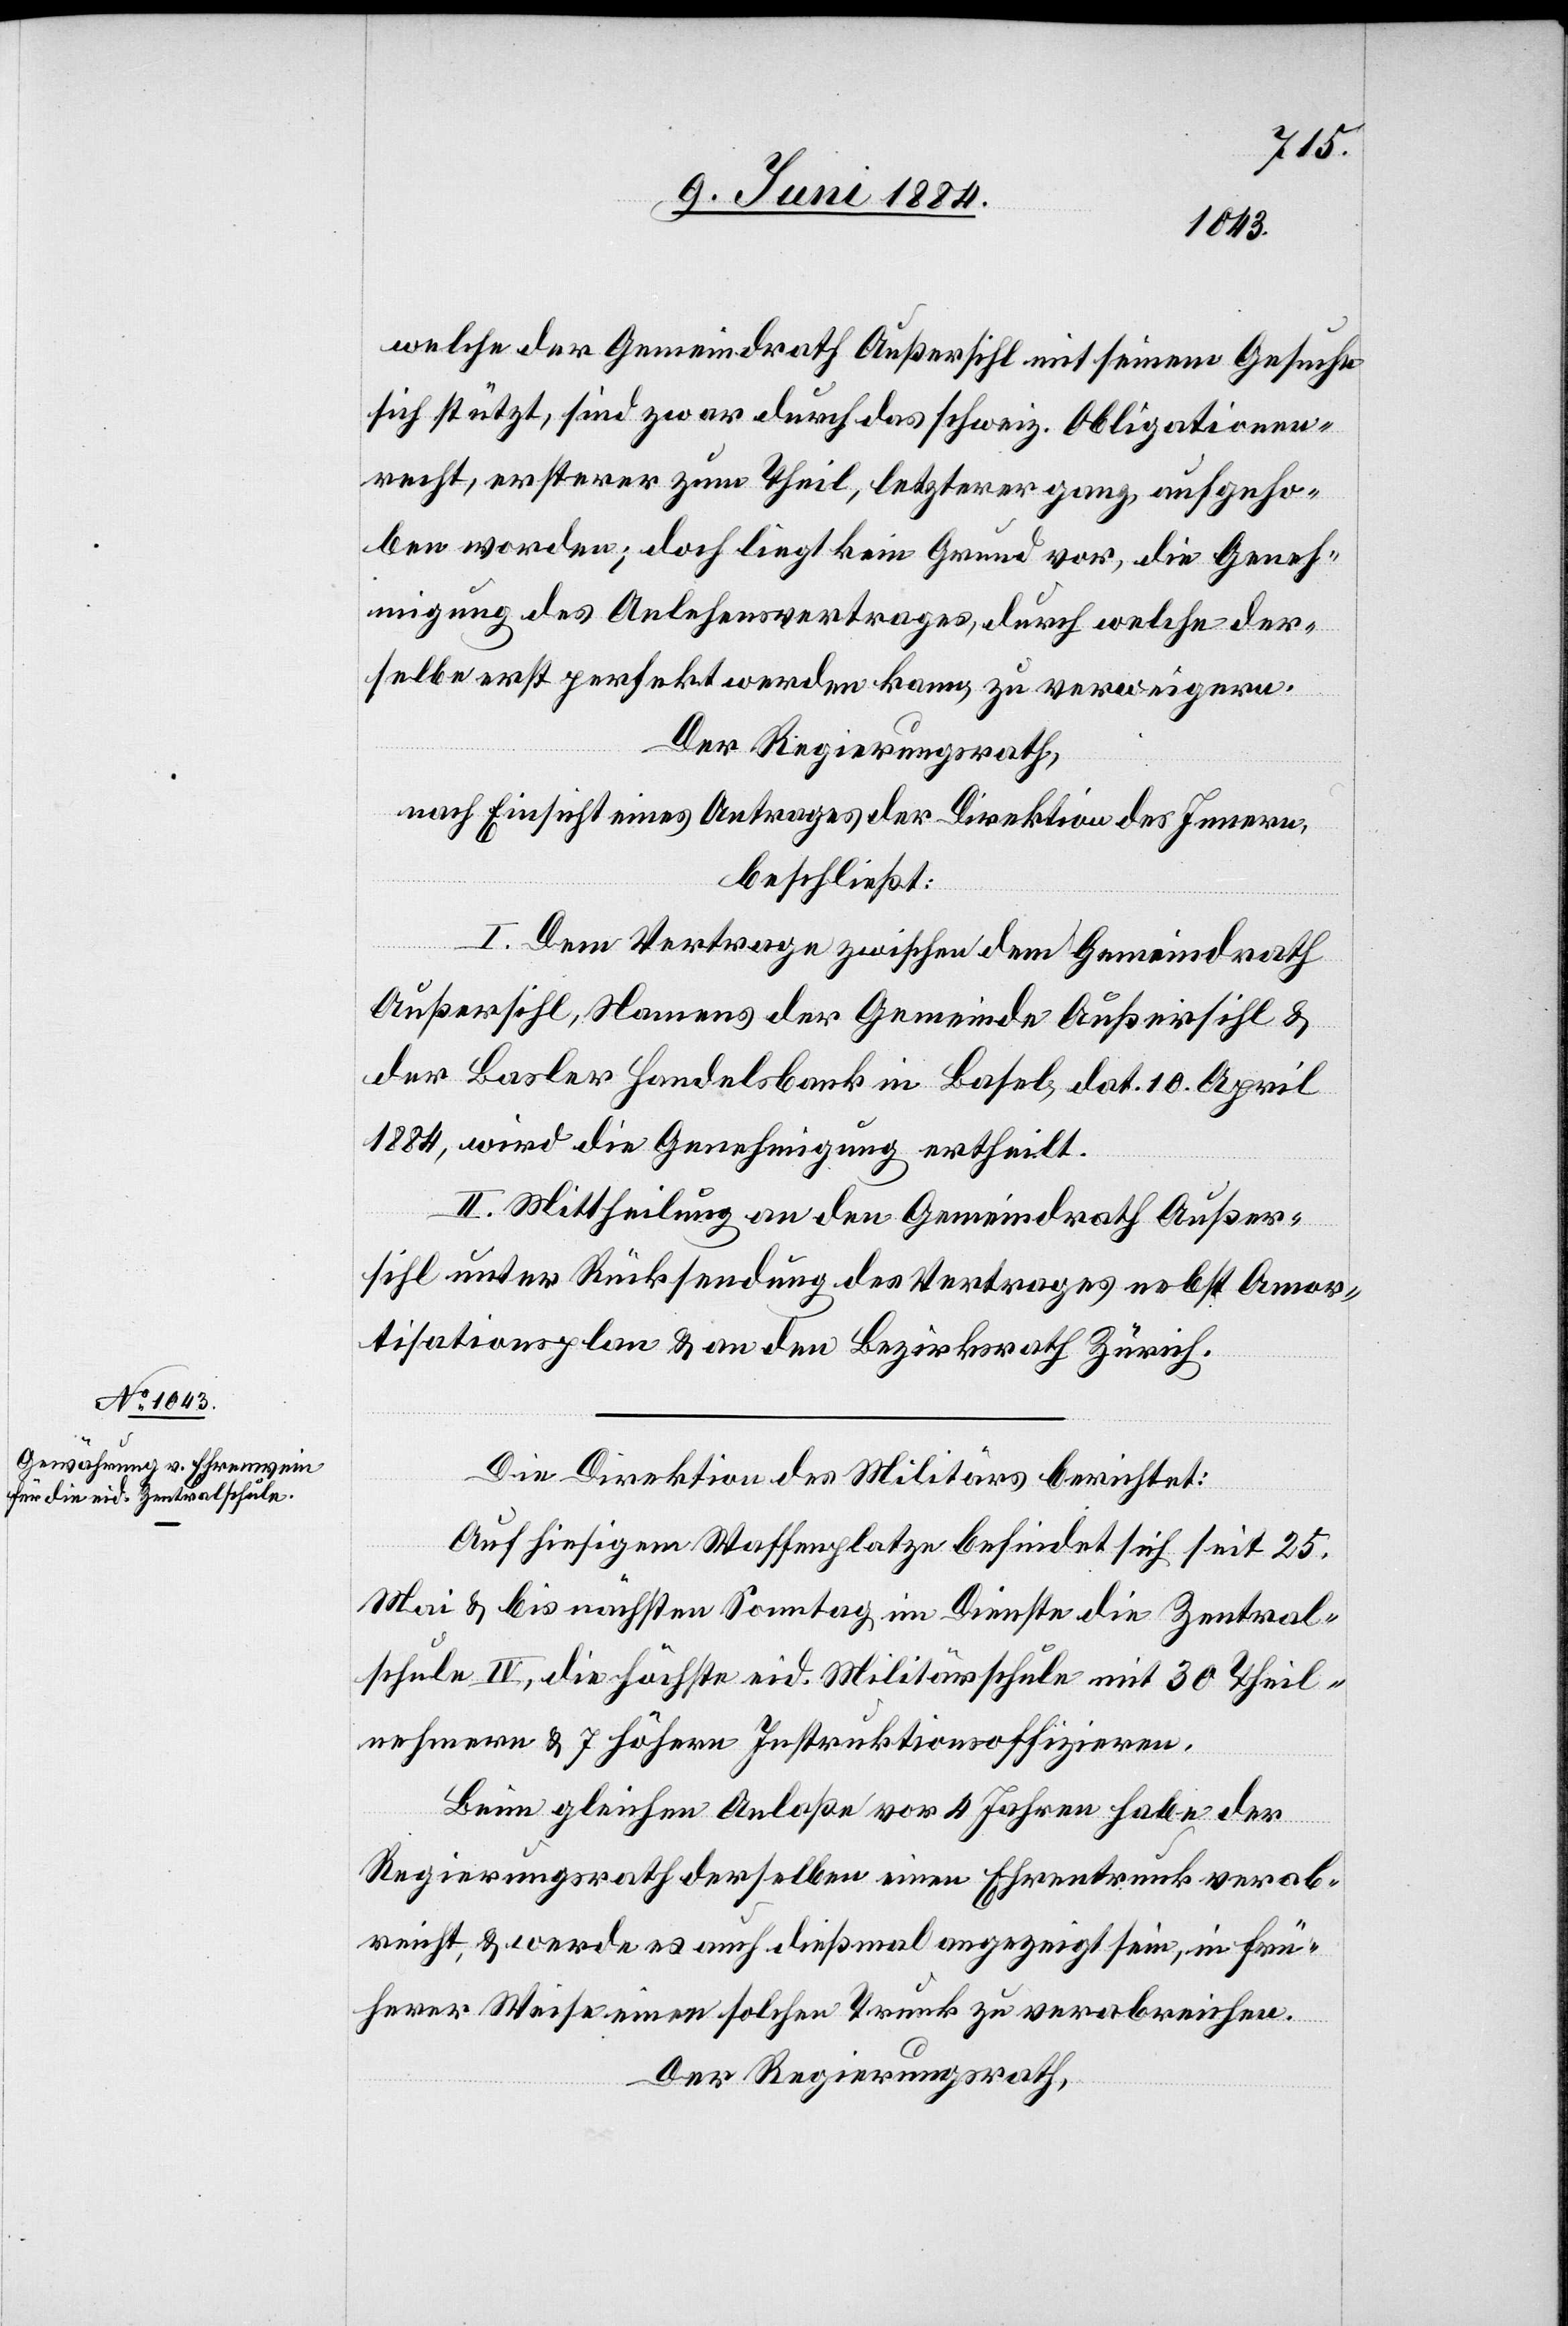
11. Juni 1884.]
welche der Gemeindrath Außersihl mit seinem Gesuche
sich stützt, sind zwar durch das schweiz. Obligationen¬
recht, ersterer zum Theil, letzterer ganz aufgeho¬
ben worden; doch liegt kein Grund vor, die Geneh¬
migung des Anlehensvertrages, durch welche der¬
selbe erst perfekt werden kann, zu verweigern.
Der Regierungsrath,
nach Einsicht eines Antrages der Direktion des Innern
beschließt:
I. Dem Vertrage zwischen dem Gemeindrath
Außersihl, Namens der Gemeinde Außersihl &
der Basler Handelsbank in Basel, dat. 10. April
1884, wird die Genehmigung ertheilt.
II. Mittheilung an den Gemeindrath Außer¬
sihl unter Rücksendung des Vertrages nebst Amor¬
tisationsplan & an den Bezirksrath Zürich.
Die Direktion des Militärs berichtet:
Auf hiesigem Waffenplatze befindet sich seit 25.
Mai & bis nächsten Samstag im Dienste die Zentral¬
schule IV, die höchste eid. Militärschule mit 30 Teil¬
nehmern & 7 höhern Instruktionsoffizieren.
Beim gleichen Anlaße vor 4 Jahren habe der
Regierungsrath derselben einen Ehrentrunk verab¬
reicht, & werde es auch dießmal angezeigt sein, in frü¬
herer Weise einen solchen Trunk zu verabreichen.
Der Regierungsrath,